Report on sanitation, dispensaries, and jails in Rajputana for 1921, and on vaccination for the year 1921-1922 - 1921-1922
Year: 1921
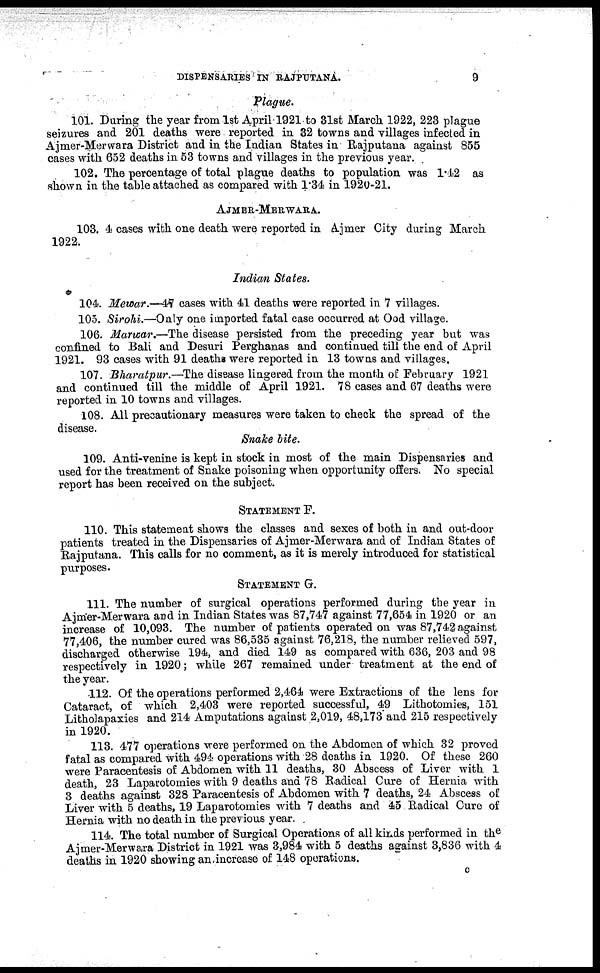
DISPENSARIES IN RAJPUTANA.
9
Plague.
101. During the year from 1st April 1921 to 31st March 1922, 223 plague
seizures and 201 deaths were reported in 32 towns and villages infected in
Ajmer-Merwara District and in the Indian States in Rajputana against 855
cases with 652 deaths in 53 towns and villages in the previous year.
102. The percentage of total plague deaths to population was 1.42 as
shown in the table attached as compared with 1.34 in 1920-21.
AJMER-MERWARA.
103. 4 cases with one death were reported in Ajmer City during March
1922.
Indian States.
104. Mewar.—47 cases with 41 deaths were reported in 7 villages.
105. Sirohi.—Only one imported fatal case occurred at Ood village.
106. Marwar.—The disease persisted from the preceding year but was
confined to Bali and Desuri Perghanas and continued till the end of April
1921. 93 cases with 91 deaths were reported in 13 towns and villages.
107. Bharatpur.—The disease lingered from the month of February 1921
and continued till the middle of April 1921. 78 cases and 67 deaths were
reported in 10 towns and villages.
108. All precautionary measures were taken to check the spread of the
disease.
Snake bite.
109. Anti-venine is kept in stock in most of the main Dispensaries and
used for the treatment of Snake poisoning when opportunity offers. No special
report has been received on the subject.
STATEMENT F.
110. This statement shows the classes and sexes of both in and out-door
patients treated in the Dispensaries of Ajmer-Merwara and of Indian States of
Rajputana. This calls for no comment, as it is merely introduced for statistical
purposes.
STATEMENT G.
111. The number of surgical operations performed during the year in
Ajmer-Merwara and in Indian States was 87,747 against 77,654 in 1920 or an
increase of 10,093. The number of patients operated on was 87,742 against
77,406, the number cured was 86,535 against 76,218, the number relieved 597,
discharged otherwise 194, and died 149 as compared with 636, 203 and 98
respectively in 1920; while 267 remained under treatment at the end of
the year.
-112. Of the operations performed 2,464 were Extractions of the lens for
Cataract, of which 2,403 were reported successful, 49 Lithotomies, 151
Litholapaxies and 214 Amputations against 2,019, 48,173 and 215 respectively
in 1920.
113. 477 operations were performed on the Abdomen of which 32 proved
fatal as compared with 494 operations with 28 deaths in 1920. Of these 260
were Paracentesis of Abdomen with 11 deaths, 30 Abscess of Liver with 1
death, 23 Laparotomies with 9 deaths and 78 Radical Cure of Hernia with
3 deaths against 328 Paracentesis of Abdomen with 7 deaths, 24 Abscess of
Liver with 5 deaths, 19 Laparotomies with 7 deaths and 45 Radical Cure of
Hernia with no death in the previous year.
114. The total number of Surgical Operations of all kinds performed in the
Ajmer-Merwara District in 1921 was 3,984 with 5 deaths against 3,836 with 4
deaths in 1920 showing an increase of 148 operations.
C